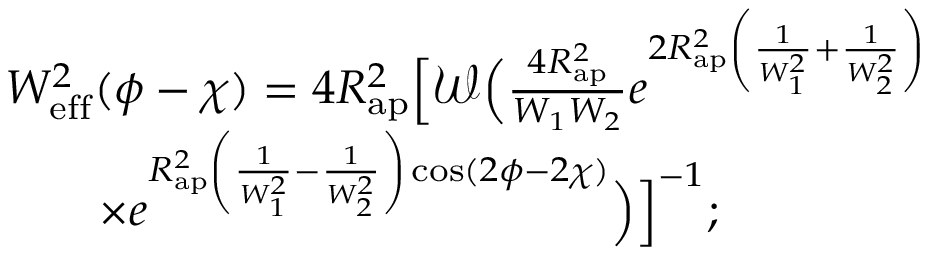
\begin{array} { r l } & { W _ { \mathrm { e f f } } ^ { 2 } ( \phi - \chi ) = 4 R _ { \mathrm { a p } } ^ { 2 } \Bigl [ \mathcal { W } \Bigl ( \frac { 4 R _ { \mathrm { a p } } ^ { 2 } } { W _ { 1 } W _ { 2 } } e ^ { 2 R _ { \mathrm { a p } } ^ { 2 } \left( \frac { 1 } { W _ { 1 } ^ { 2 } } + \frac { 1 } { W _ { 2 } ^ { 2 } } \right) } \Bigr . \Bigr . } \\ & { \qquad \times \Bigl . \Bigl . e ^ { R _ { \mathrm { a p } } ^ { 2 } \left( \frac { 1 } { W _ { 1 } ^ { 2 } } - \frac { 1 } { W _ { 2 } ^ { 2 } } \right) \cos ( 2 \phi - 2 \chi ) } \Bigr ) \Bigr ] ^ { - 1 } ; } \end{array}